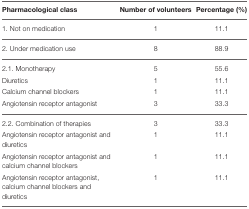
| Pharmacological class | Number of volunteers | Percentage (%) |
 | --- | --- | --- |
 | 1. Not on medication | 1 | 11.1 |
 | 2. Under medication use | 8 | 88.9 |
 | 2.1. Monotherapy | 5 | 55.6 |
 | Diuretics | 1 | 11.1 |
 | Calcium channel blockers | 1 | 11.1 |
 | Angiotensin receptor antagonist | 3 | 33.3 |
 | 2.2. Combination of therapies | 3 | 33.3 |
 | Angiotensin receptor antagonist and diuretics | 1 | 11.1 |
 | Angiotensin receptor antagonist and calcium channel blockers | 1 | 11.1 |
 | Angiotensin receptor antagonist, calcium channel blockers and diuretics | 1 | 11.1 |